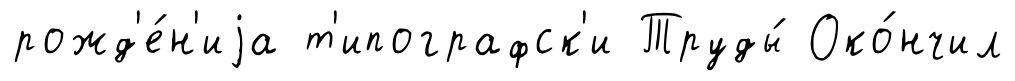
рожд'е́н'иjа т'ипографск'и Труды́ Око́нчил